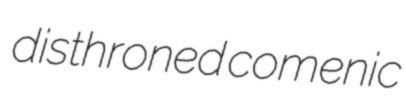
disthroned comenic